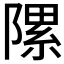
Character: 𨻽